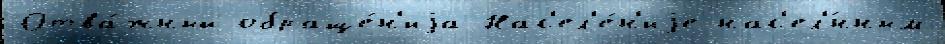
Отва́жный обраще́н'иjа Нас'ел'е́н'иjе нас'ел'́нным